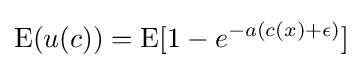
{\text{E}}(u(c))={\text{E}}[1-e^{-a(c(x)+\epsilon )}]